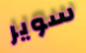
سوير